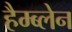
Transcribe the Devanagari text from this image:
हैम्ब्लेन